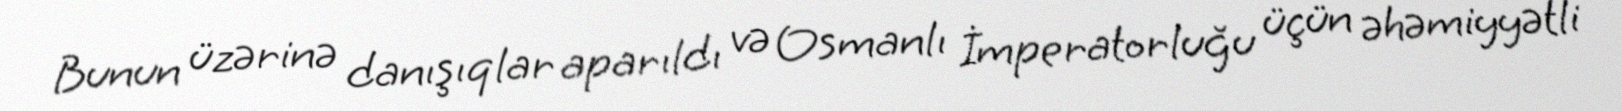
Bunun üzərinə danışıqlar aparıldı və Osmanlı İmperatorluğu üçün əhəmiyyətli